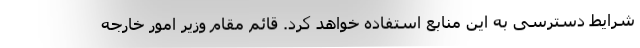
شرایط دسترسی به این منابع استفاده خواهد کرد. قائم مقام وزیر امور خارجه